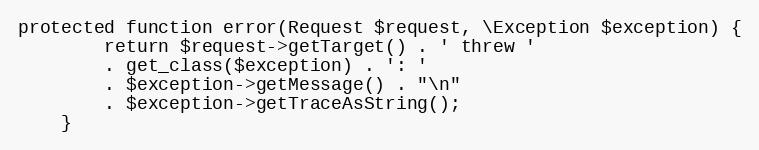
Language: PHP
protected function error(Request $request, \Exception $exception) {
        return $request->getTarget() . ' threw '
        . get_class($exception) . ': '
        . $exception->getMessage() . "\n"
        . $exception->getTraceAsString();
    }